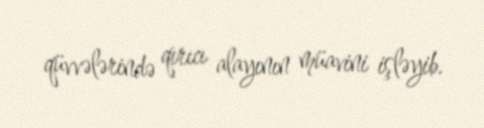
qüvvələrində qırıcı alayının müavini işləyib.